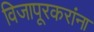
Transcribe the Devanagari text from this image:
विजापूरकरांना